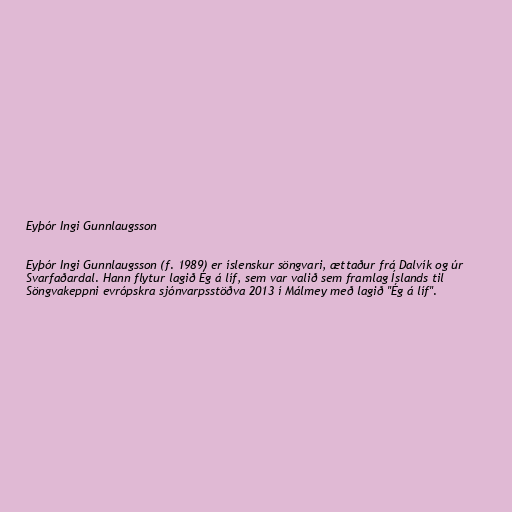
Eyþór Ingi Gunnlaugsson

Eyþór Ingi Gunnlaugsson (f. 1989) er íslenskur söngvari, ættaður frá Dalvík og úr
Svarfaðardal. Hann flytur lagið Ég á líf, sem var valið sem framlag Íslands til
Söngvakeppni evrópskra sjónvarpsstöðva 2013 í Málmey með lagið "Ég á líf".